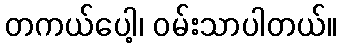
တကယ်ပေါ့၊ ဝမ်းသာပါတယ်။